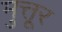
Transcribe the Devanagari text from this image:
मुत्तूर